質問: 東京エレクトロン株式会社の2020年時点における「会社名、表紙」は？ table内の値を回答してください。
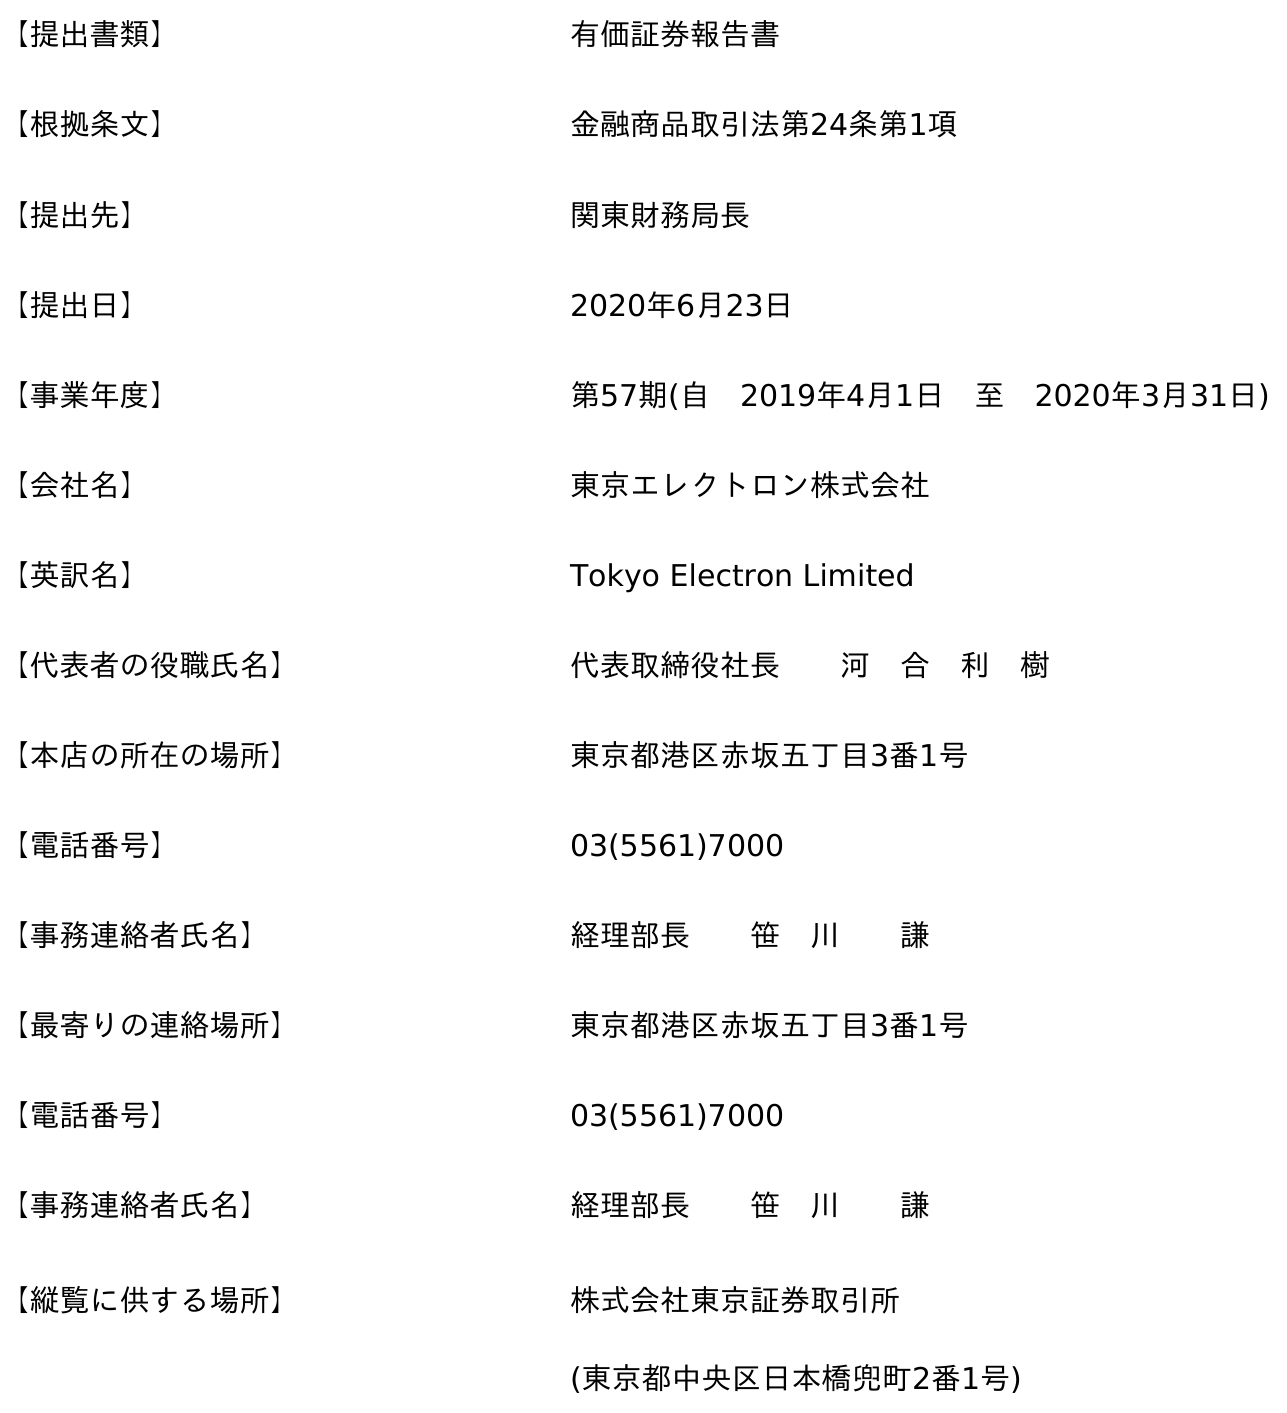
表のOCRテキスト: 【提出書類】 有価証券報告書 【根拠条文】 金融商品取引法第24条第1項 【提出先】 関東財務局長 【提出日】 2020年6月23日 【事業年度】 第57期(自 2019年4月1日 至 2020年3月31日) 【会社名】 東京エレクトロン株式会社 【英訳名】 Tokyo Electron Limited 【代表者の役職氏名】 代表取締役社長  河 合 利 樹 【本店の所在の場所】 東京都港区赤坂五丁目3番1号 【電話番号】 03(5561)7000 【事務連絡者氏名】 経理部長  笹 川  謙 【最寄りの連絡場所】 東京都港区赤坂五丁目3番1号 【電話番号】 03(5561)7000 【事務連絡者氏名】 経理部長  笹 川  謙 【縦覧に供する場所】 株式会社東京証券取引所 (東京都中央区日本橋兜町2番1号)
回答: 東京エレクトロン株式会社